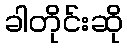
ခါတိုင်းဆို